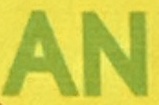
AN